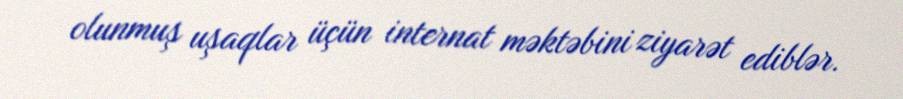
olunmuş uşaqlar üçün internat məktəbini ziyarət ediblər.